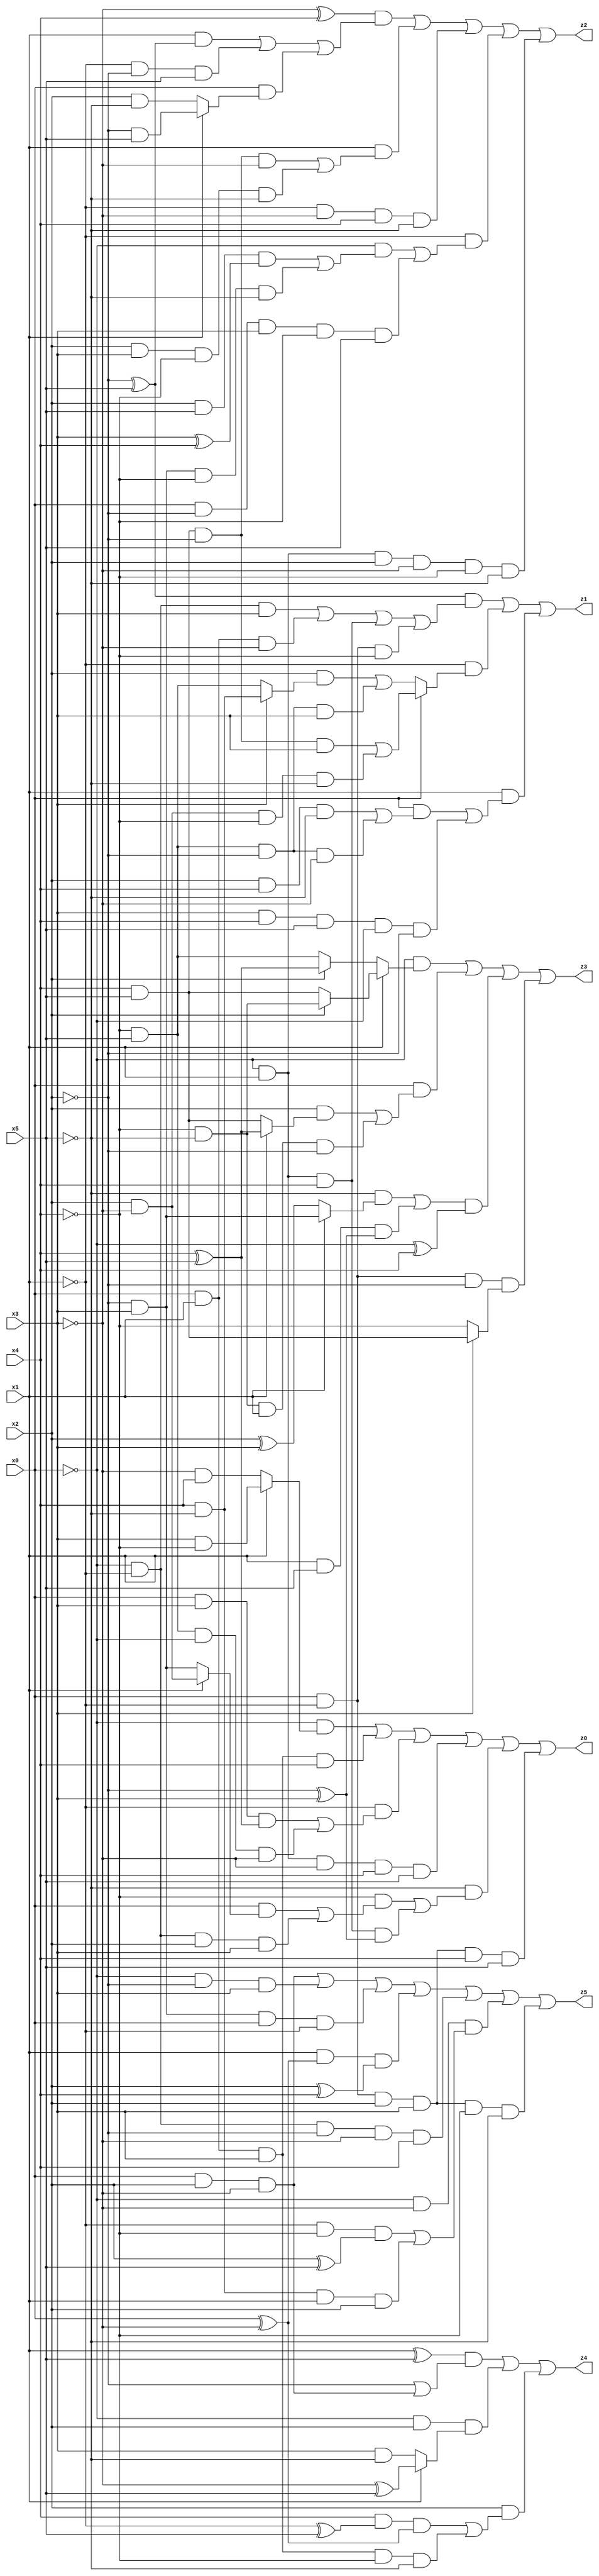
// Benchmark "X_17" written by ABC on Wed Jun 07 23:36:29 2023

module X_17 ( 
    x0, x1, x2, x3, x4, x5,
    z0, z1, z2, z3, z4, z5  );
  input  x0, x1, x2, x3, x4, x5;
  output z0, z1, z2, z3, z4, z5;
  assign z0 = (~x0 & (x1 ? (x3 & ~x4) : (~x3 & x4))) | (x0 & x1 & x3 & x4) | (~x1 & ((x0 & x3 & (x4 ^ x5)) | (~x4 & x5 & ~x0 & ~x3))) | (~x0 & x1 & ~x3 & x4 & x5) | (~x5 & ((~x4 & ((x0 & (x1 ? (x2 & ~x3) : (~x2 & x3))) | (~x0 & ~x1 & x2 & x3))) | (~x0 & x1 & x4 & (~x2 ^ x3)))) | (x0 & ~x1 & x2 & x3 & x4 & x5);
  assign z1 = ((~x2 ^ x5) & ((~x0 & ~x1 & x3) | (x0 & x1 & ~x3) | (~x0 & x1 & x4) | (x0 & ~x1 & ~x4))) | (~x1 & (x0 ? ((x4 & x5 & ~x2 & x3) | (x2 & ~x3 & ~x4 & ~x5)) : ((x2 & (x3 ? (x4 & ~x5) : (~x4 & x5))) | (~x4 & x5 & ~x2 & x3)))) | (x1 & ((x0 & ((x2 & x4 & ~x5) | (~x4 & x5 & ~x2 & ~x3))) | (x3 & x4 & x5 & ~x0 & ~x2)));
  assign z2 = ((~x3 ^ x4) & ((x1 & (~x2 ^ x5)) | (~x1 & ~x2 & x5) | (x0 & (x1 ? (~x2 & x5) : (x2 & ~x5))))) | (x1 & ((x4 & x5 & ~x2 & ~x3) | (x2 & x3 & ~x4 & ~x5))) | (~x1 & ~x3 & x4 & ~x5) | (~x1 & ((~x0 & ((x2 & x5 & (x3 ^ x4)) | (~x2 & x3 & ~x4 & ~x5))) | (x0 & ~x2 & x3 & ~x4 & x5))) | (~x0 & x1 & x2 & ~x3 & ~x4 & ~x5);
  assign z3 = (~x0 & (x1 ? (x2 ? (~x4 & ~x5) : (x4 & x5)) : (x2 ? (x4 ^ x5) : (~x4 & x5)))) | (x0 & ((x2 & (x1 ? (x4 ^ x5) : (x4 & x5))) | (~x4 & ~x5 & x1 & ~x2))) | (((~x5 & (x1 ? (~x2 & x3) : (x2 ^ x3))) | (x1 & x5 & (~x2 ^ x3))) & (~x0 ^ x4)) | (x0 & ~x1 & ~x2 & (x3 ? (x4 & x5) : ~x4));
  assign z4 = ((x1 ^ x5) & (~x2 | (x0 & x2 & ~x3))) | (~x0 & x2 & (x1 ? (~x3 ^ x5) : (x3 & ~x5))) | (x2 & ((x4 & (~x1 ^ x5) & (x0 ^ ~x3)) | (x0 & x1 & x3 & ~x4 & ~x5)));
  assign z5 = (x0 & x2 & ~x3) | (~x0 & ~x2 & x3) | (~x2 & x3 & x0 & ~x1) | (x1 & (x0 ^ ~x3) & (x2 ^ x4)) | (~x0 & ~x1 & ~x2 & ~x3 & x4) | (~x0 & ~x3 & ((~x1 & ~x4 & (x2 ^ x5)) | (x4 & ~x5 & x1 & x2))) | (x0 & ~x1 & x2 & x3 & ~x4 & ~x5);
endmodule